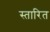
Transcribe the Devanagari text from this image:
स्तारित